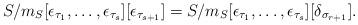
LaTeX: \begin{align*} S/m_S[\epsilon_{\tau_1},\ldots,\epsilon_{\tau_s}][\epsilon_{\tau_{s+1}}]=S/m_S[\epsilon_{\tau_1},\ldots,\epsilon_{\tau_s}][\delta_{\sigma_{r+1}}]. \end{align*}